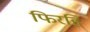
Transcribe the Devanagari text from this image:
फिरहिं